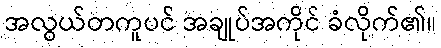
အလွယ်တကူပင် အချုပ်အကိုင် ခံလိုက်၏။